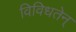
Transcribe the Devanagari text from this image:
विविधतेन्